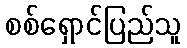
စစ်ရှောင်ပြည်သူ